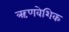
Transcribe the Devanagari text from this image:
ऋणवेशिक